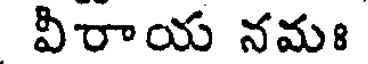
విరాయ నమః